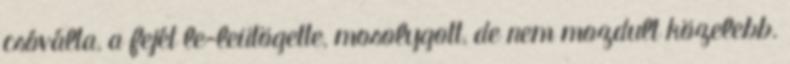
csóválta, a fejét le-leütögette, mosolygott, de nem mozdult közelebb.